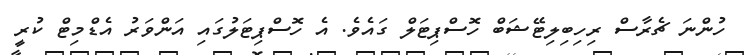
ހުންނަ ޗެރާސް ރިހިބިލިޓޭޝަބް ހޮސްޕިޓަލް ގައެވެ. އެ ހޮސްޕިޓަލުގައި އަންވަރު އެޑްމިޓް ކުރީ